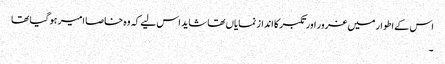
اس کے اطوار میں غرور اور تکبر کا انداز نمایاں تھا شاید اس لیے کہ وہ خاصا امیر ہو گیا تھا
۔